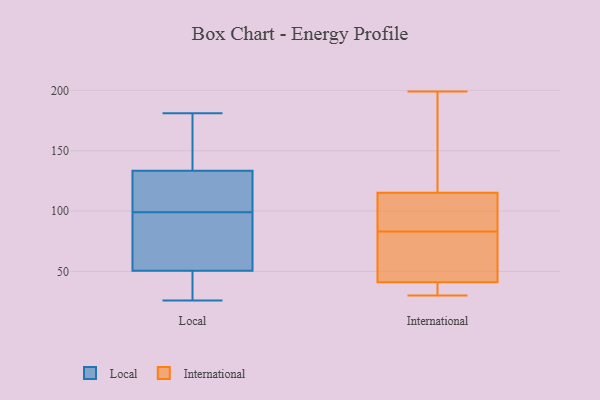
{"axis": {"x": "Backlog", "y": "Value"}, "legend": ["International", "Local"], "data": [{"x": "", "y": 117, "type": "Local"}, {"x": "", "y": 111, "type": "Local"}, {"x": "", "y": 181, "type": "Local"}, {"x": "", "y": 61, "type": "Local"}, {"x": "", "y": 159, "type": "Local"}, {"x": "", "y": 139, "type": "Local"}, {"x": "", "y": 99, "type": "Local"}, {"x": "", "y": 31, "type": "Local"}, {"x": "", "y": 161, "type": "Local"}, {"x": "", "y": 47, "type": "Local"}, {"x": "", "y": 33, "type": "Local"}, {"x": "", "y": 90, "type": "Local"}, {"x": "", "y": 114, "type": "Local"}, {"x": "", "y": 26, "type": "Local"}, {"x": "", "y": 61, "type": "Local"}, {"x": "", "y": 65, "type": "International"}, {"x": "", "y": 98, "type": "International"}, {"x": "", "y": 59, "type": "International"}, {"x": "", "y": 30, "type": "International"}, {"x": "", "y": 86, "type": "International"}, {"x": "", "y": 121, "type": "International"}, {"x": "", "y": 89, "type": "International"}, {"x": "", "y": 83, "type": "International"}, {"x": "", "y": 40, "type": "International"}, {"x": "", "y": 141, "type": "International"}, {"x": "", "y": 39, "type": "International"}, {"x": "", "y": 39, "type": "International"}, {"x": "", "y": 147, "type": "International"}, {"x": "", "y": 199, "type": "International"}, {"x": "", "y": 44, "type": "International"}]}